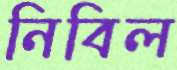
নিবিল